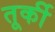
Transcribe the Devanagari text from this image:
तूर्की